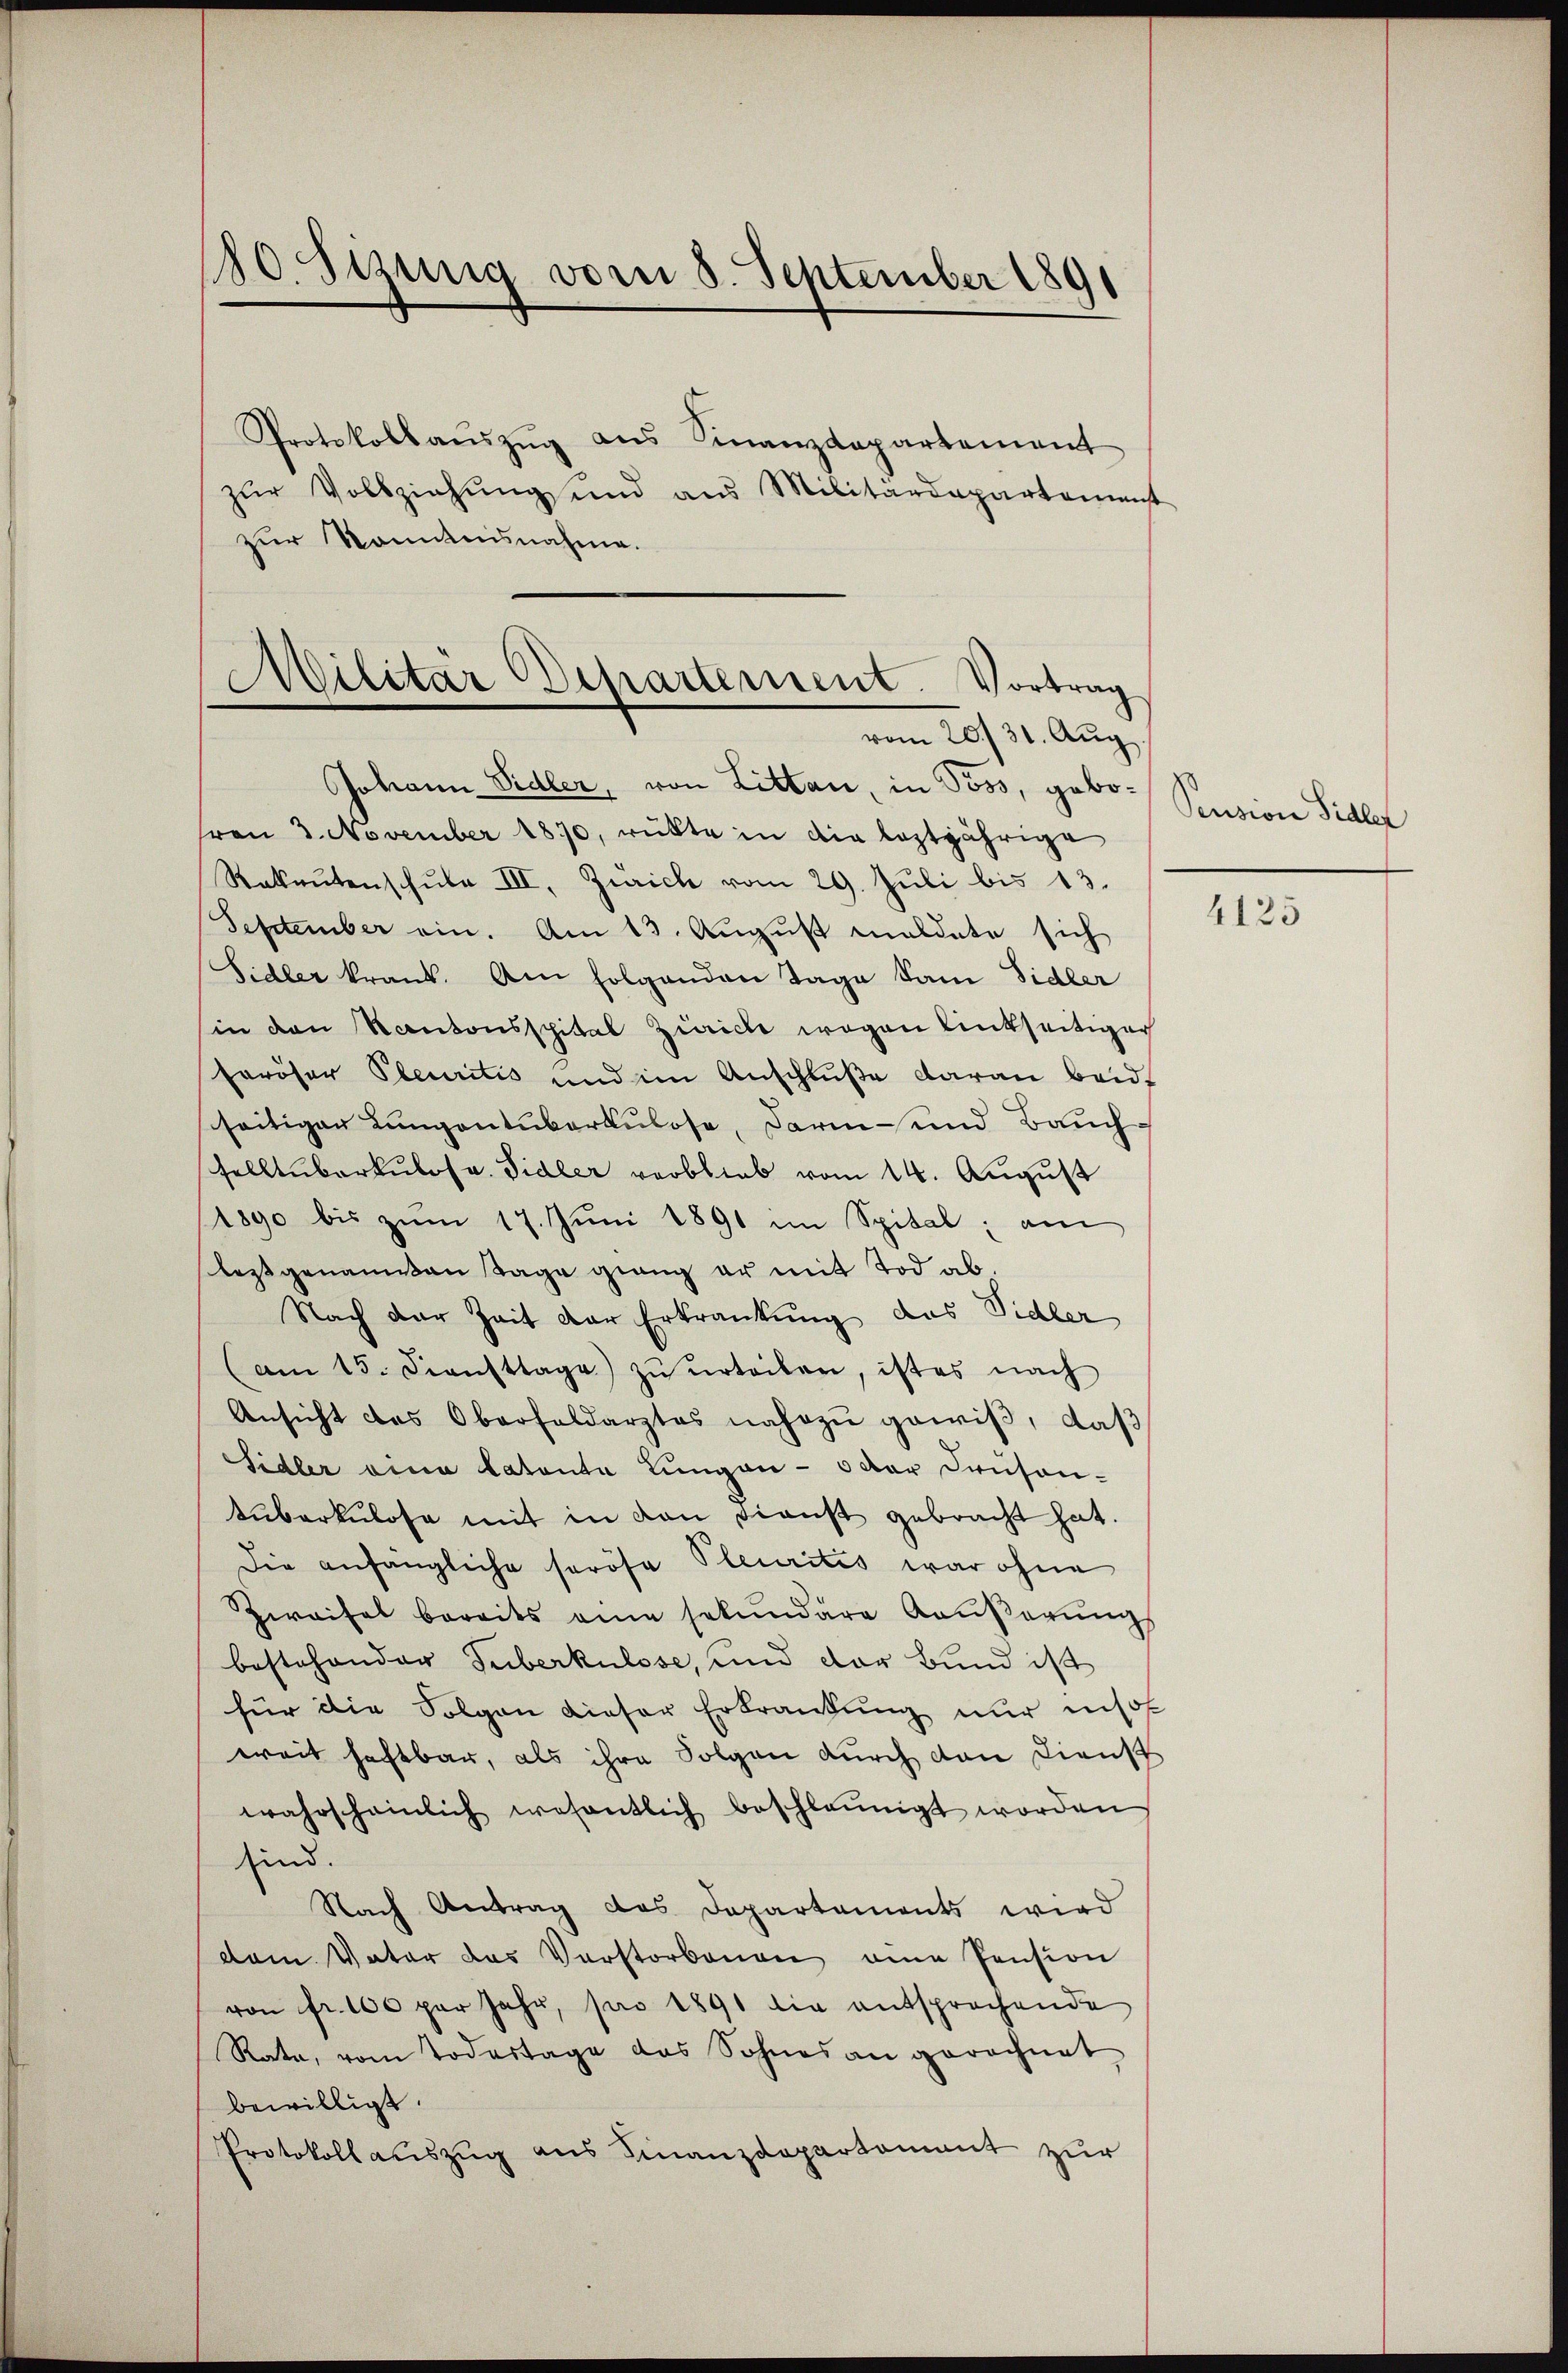
80 Sizung vom 8. September 1891

Protokollaŭszŭg ans Finanzdepartement
zŭr Vollziehung und aus Militärdepartement
zur Kenntnisnahme.

Militar Departement. Vortrag
vom 20. 31. Aug.

Johann Sidler, von Litten, in Poss, gebovon 3. November 1870, rükte in die leztjährige
Rakaŭtenschŭle III. Zürich vom 29. Jŭli bis 13.
September ein. Am 13. Aŭgŭst meldete sich
Sidler krank. Am folgenden Tage kam Sidler
in den Kantonsspital Zürich wegen linkseitiger
horöser Pleuritis und im Anschluße daran baidt
seitiger Lungentuberkulose, darin und Bauchselltüberkulosa. Sidler verblieb vom 14. August
1890 bis zŭm 17. Jŭni 1891 im Spital, am
lestgenommen Tage ging er mit Tod ab¬
Nach der Zeit der Erkrankung das Sidler
(am 15. Fensttage zŭ ŭrteilen, ist es nach
Ansicht das Oberfeldarztes nahezu gewiß, daß
Sidler eine Latenta Lungen - der Pansontŭberkulose mit in den dienst gebracht hat.
Die anfängliche spröse Pleuritis war ohne
Zweifel bereits eine sokŭndare Kaŭβerŭng
bestehender Tuberkulose, und der Bund ist
für die Folgen dieser Erkrankung nur insof
weit haftbar, als ihre Folgen durch den Dienst
wahrscheinlich wesentlich beschleunigt worden
sind.
Nach Antrag des Departements wird
vom Vater das Verstorbenen eine Pension
von fr. 100 per Jahr, pro 1891 die entsprochende
Rata, vom Todestage das Sohnes an gerechnet
bewilligt.
Protokollauszug aus Finanzdepartament zur

Pension Sidler

4125